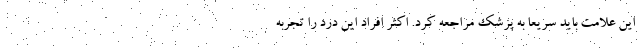
این علامت باید سریعا به پزشک مراجعه کرد. اکثر افراد این درد را تجربه